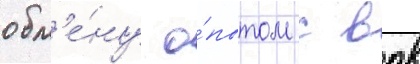
обм'е́ну о́пытом с вдв